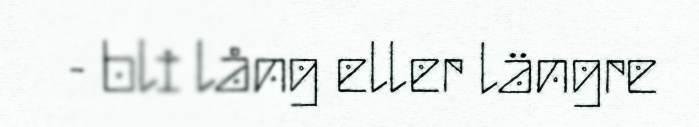
- bli lång eller längre